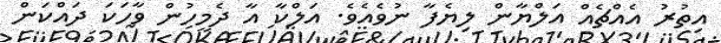
އިތުރު އެއްޗެއް އަލްޔާން ލިޔެފާ ނުވެއެވެ. އަލްކާ އާ ދެމީހުން ވާހަކަ ދައްކަން